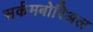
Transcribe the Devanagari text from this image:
सर्कमबोरिअल